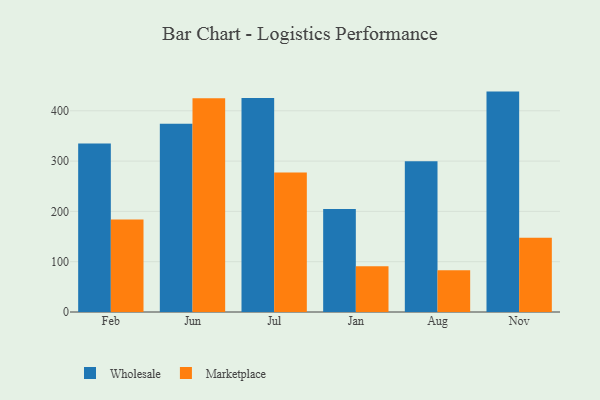
{"axis": {"x": "Month", "y": "Energy Usage (MWh)"}, "legend": ["Marketplace", "Wholesale"], "data": [{"x": "Feb", "y": 334.7, "type": "Wholesale"}, {"x": "Feb", "y": 183.9, "type": "Marketplace"}, {"x": "Jun", "y": 374.1, "type": "Wholesale"}, {"x": "Jun", "y": 424.8, "type": "Marketplace"}, {"x": "Jul", "y": 425.4, "type": "Wholesale"}, {"x": "Jul", "y": 277.4, "type": "Marketplace"}, {"x": "Jan", "y": 204.7, "type": "Wholesale"}, {"x": "Jan", "y": 90.9, "type": "Marketplace"}, {"x": "Aug", "y": 299.7, "type": "Wholesale"}, {"x": "Aug", "y": 82.9, "type": "Marketplace"}, {"x": "Nov", "y": 438.1, "type": "Wholesale"}, {"x": "Nov", "y": 147.5, "type": "Marketplace"}]}